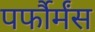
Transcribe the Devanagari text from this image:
पर्फौर्मंस